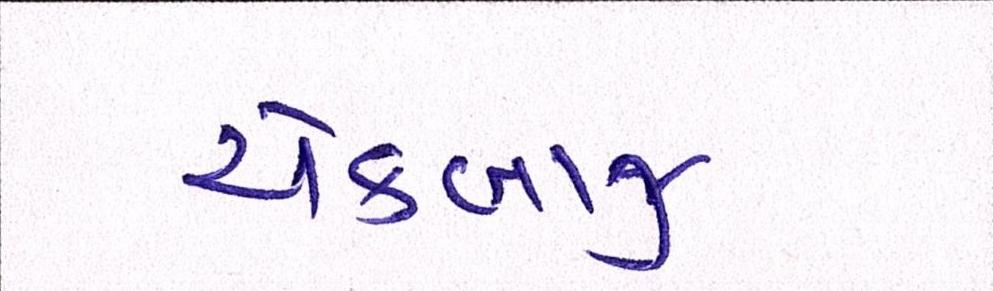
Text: એકબાજુ